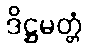
ဒိဋ္ဌမတ္တံ